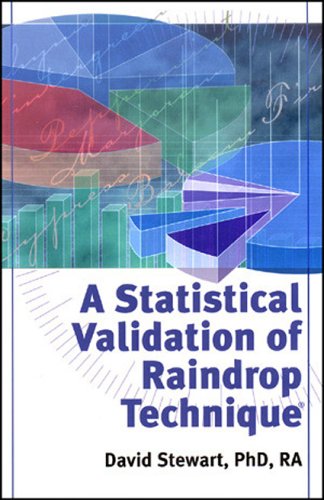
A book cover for A Statistical Validation of Raindrop Technique; David Stewart; Health, Fitness & Dieting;